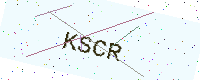
Text: KSCR